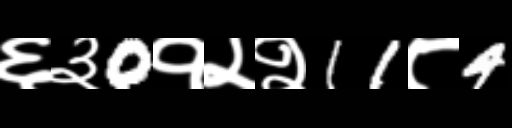
Text: ६३0१२२11८4